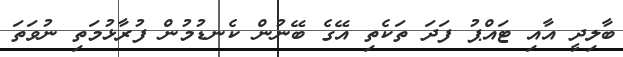
ބާލިދީ އާއި ޓައްޕު ފަދަ ތަކެތި އޭގެ ބޭނުން ކެނޑުމުން ފުރާޅުމަތި ނުވަތަ